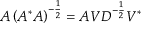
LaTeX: A \left( A ^ { * } A \right) ^ { - { \frac { 1 } { 2 } } } = A V D ^ { - { \frac { 1 } { 2 } } } V ^ { * }